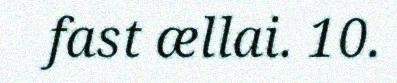
fast ællai. 10.